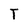
Character: T